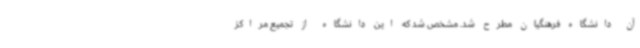
آن دانشگاه فرهنگیان مطرح شد. مشخص شد که این دانشگاه از تجمیع مراکز